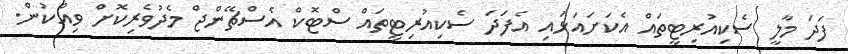
ފަދަ މާލީ ސެކިއުރިޓީތައް އެކަށައަޅައި އެފަދަ ސެކިއުރިޓީތައް ސްޓޮކް އެސްޗޭންޖް މެދުވެރިކޮށް ވިއްކުން.